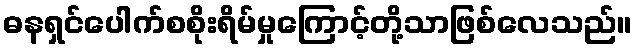
ဓနရှင်ပေါက်စစိုးရိမ်မှုကြောင့်တို့သာဖြစ်လေသည်။